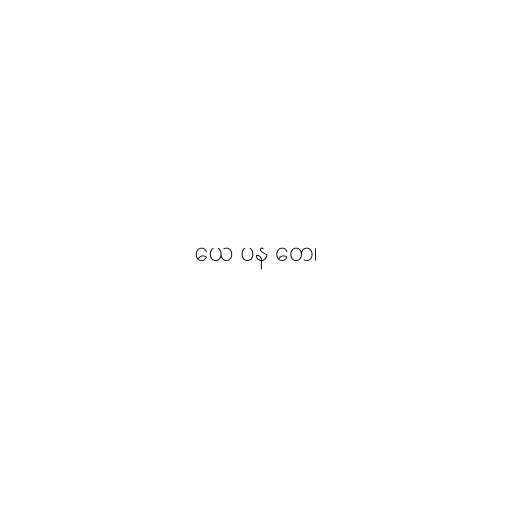
ယေ ပန တေ၊